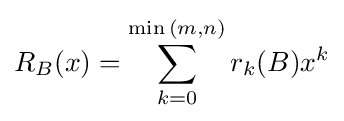
R_{B}(x)=\sum _{k=0}^{\min {(m,n)}}r_{k}(B)x^{k}